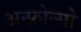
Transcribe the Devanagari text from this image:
अन्फ़ोन्सो